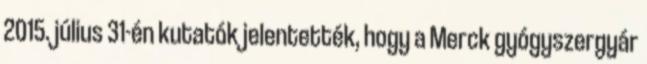
2015. július 31-én kutatók jelentették, hogy a Merck gyógyszergyár